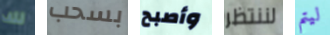
لك بسحب وأصبح لننتظر ليتم